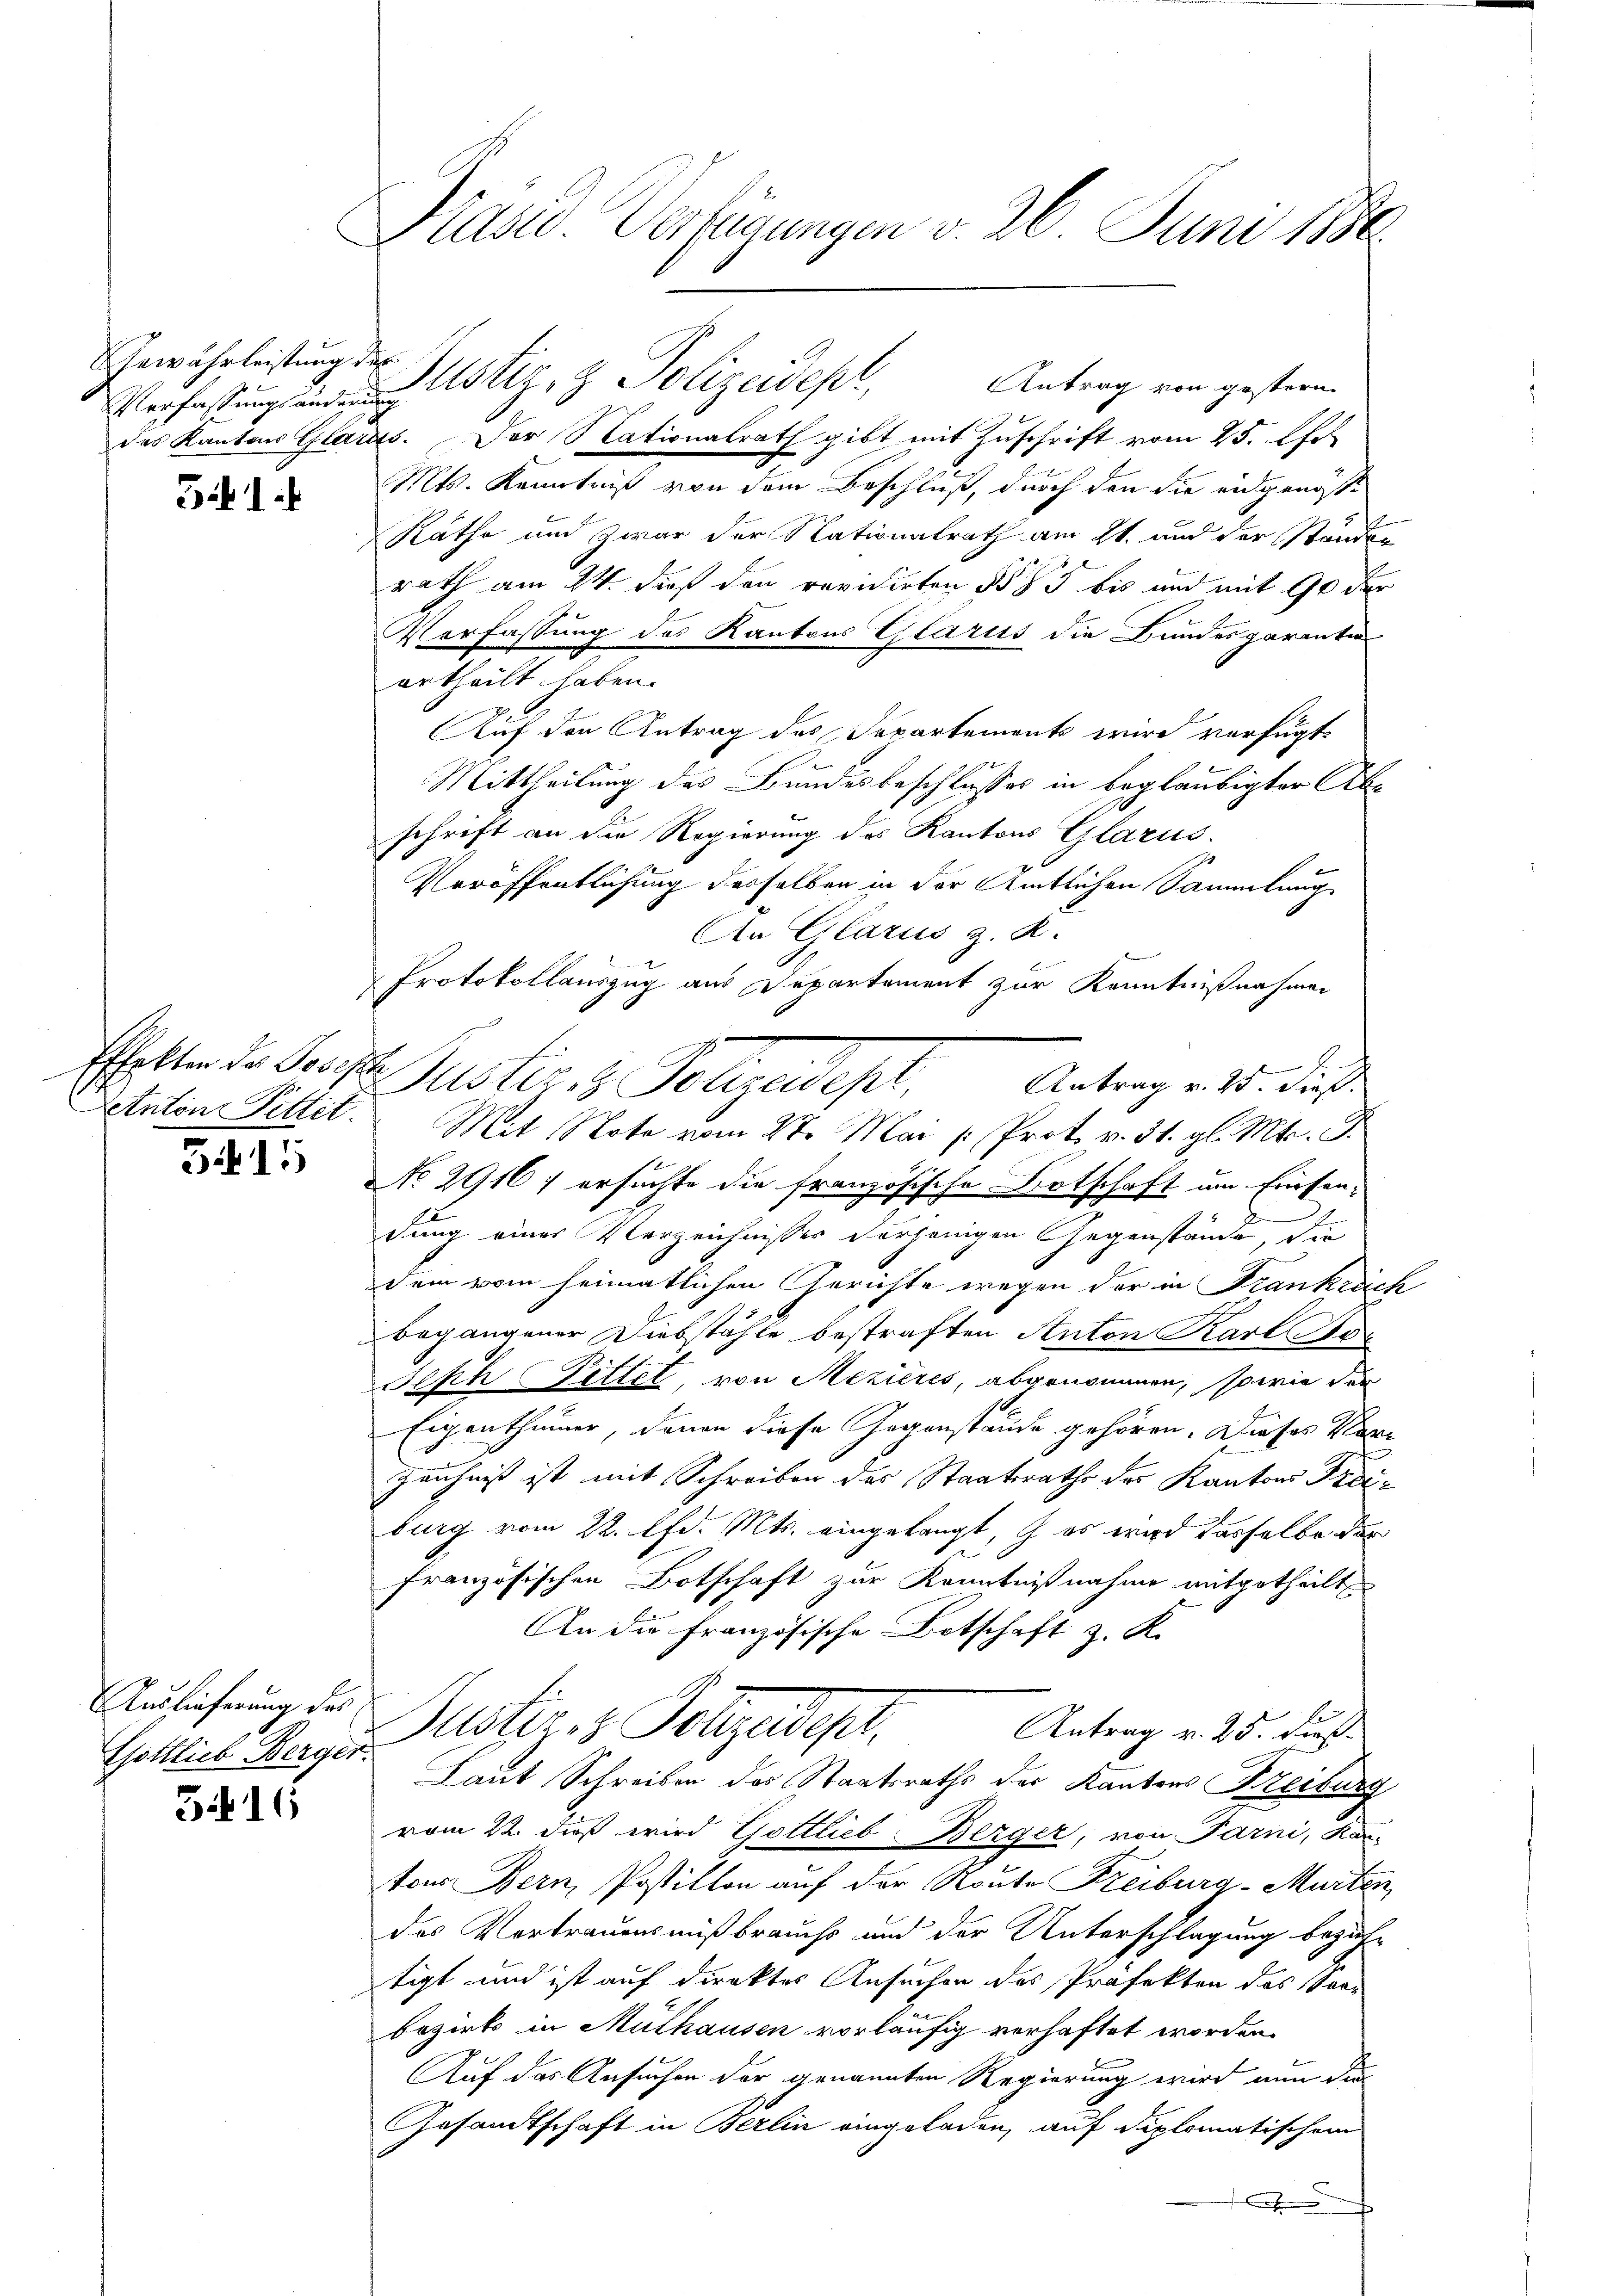
Gewährleistung des

541.

3415

Auslieferung des
Gottlieb Berger.

5.416

Präsid. Verfügungen v. 26. Juni 1889.

Verfassung an des stiz- & Polizeidept,
des Kantons Glarus. Der Nationalrath gibt mit Zuschrift vom 25. Er
Mts. Kenntniß von dem Beschluß, durch den die eidgenosse
Rathe und zwar der Nationalrath am 21. und der Standen
rath am 24. dieß den revidirten §§ 85 bis und mit 90 der
Verfassung des Kantons Glarus die Bundes garantin
ertheilt haben.
Auf den Antrag des Separtements wird verfügt,
Mittheilung des Bundesbeschlusses in Boglaubigter Abschrift an die Regierung des Kantons Glarus.
Veröffentlichung derselben in der Amtlichen Sammlung
An Glarus z. R.
Protokollauszug aus Departement zur Kenntnißnahmen
J
Effolter der Geiste Justiz & Polizeidept,
Antrag v. 23. dieß.
Detnton Pittet. Mit Note vom 2te Mai [ Prot. v. 31. gl. Mts. J.
No 2916; ersuchte die französische Ortschaft am Friesend
dung einer Verzeichnisser derjenigen Gegenstände, die
dem vom heimatlichen Gerichte wegen der in Frankreich
begangener Diebstähle bestraften Anton Karl Stoc
Jeph Pittel, von Mezières, abgenommen, sowie der
Eigenthümer, denen diese Gegenstände gehören. Dieses Vere
Zeichnis ist mit Schreiben des Staatsrathe des Kantons Freiburg vom 22. lfd. Mts. eingelangt, es wird dasselbe der
französischen Botschaft zur Kenntnißnahme mitgetheilt
An die Französische Botschaft z. K.
Justiz- & Polizeidigt,
Antrag v. 25. dieß.
Laut Schreiben des Staatsraths der Kantons Freiburg
vom 22. dieß wird Gottlieb Berger, von Parni, Kan-
ton Bern, Postition auf der Route Freiburg - Murten,
des Vertrauensmißbrauchs und der Unterschlagung bezahtigt und ist auf direktes Ansucher des Präfekten des San
Bezirks in Mülhausen vorläufig verhaftet worden.
Auf das Ansuchen der genannten Regierung wird nun die
Gesandtschaft in Berlin eingeladen, auf diplomatischem
h

Antrag von gestern.